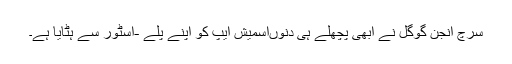
سرچ انجن گوگل نے ابھی پچھلے ہی دنوںاسمیش ایپ کو اپنے پلے -اسٹور سے ہٹایا ہے۔